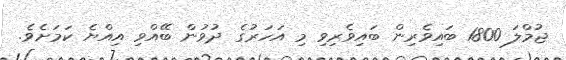
ޖުމްލަ 1800 ބައިވެރިން ބައިވެރިވި މި އަހަރުގެ ދުވުން ބޭއްވި އިއްޔެ ކަމަށެވެ.